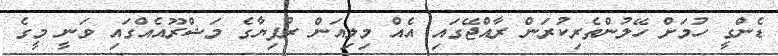
ޑެންގީ ހުމަށް ހޭލުންތެރިކުރަން ރާއްޖޭގައި އެއް މިލިއަން ރުފިޔާގެ މަޝްރޫއެއްގައި ވަނީ މީގެ